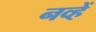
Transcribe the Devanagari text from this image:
नव्हें